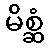
မိစ္ဆံ